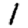
Digit: 1